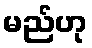
မည်ဟု